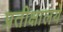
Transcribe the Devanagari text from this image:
प्रतीक्षालये